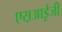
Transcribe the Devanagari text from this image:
एस़आई़जी